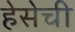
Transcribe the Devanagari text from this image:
हेसेची